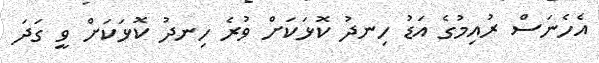
އެހެނަސް ރުއިމުގެ އަޑު ހިނދު ކޮޅަކަށް ވުރެ ހިނދު ކޮޅަކަށް ވީ ގަދަ